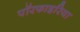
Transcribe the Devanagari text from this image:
पॉरफाइरिया